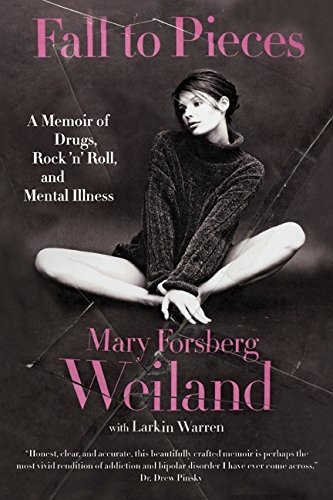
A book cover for Fall to Pieces: A Memoir of Drugs, Rock 'n' Roll, and Mental Illness; Mary Forsberg Weiland; Health, Fitness & Dieting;